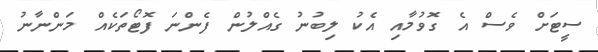
ސީޓަށް ވެސް އެ ގޮވުމާއި އެކު ލިބުނު ގެއްލުން ފެންނަ ފޮޓޯތަކެއް މަންނާނު